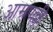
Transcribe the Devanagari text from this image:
आम्रपल्ली